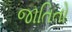
જાતિતો